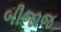
બીજાજ